Report on lock hospitals in British Burma
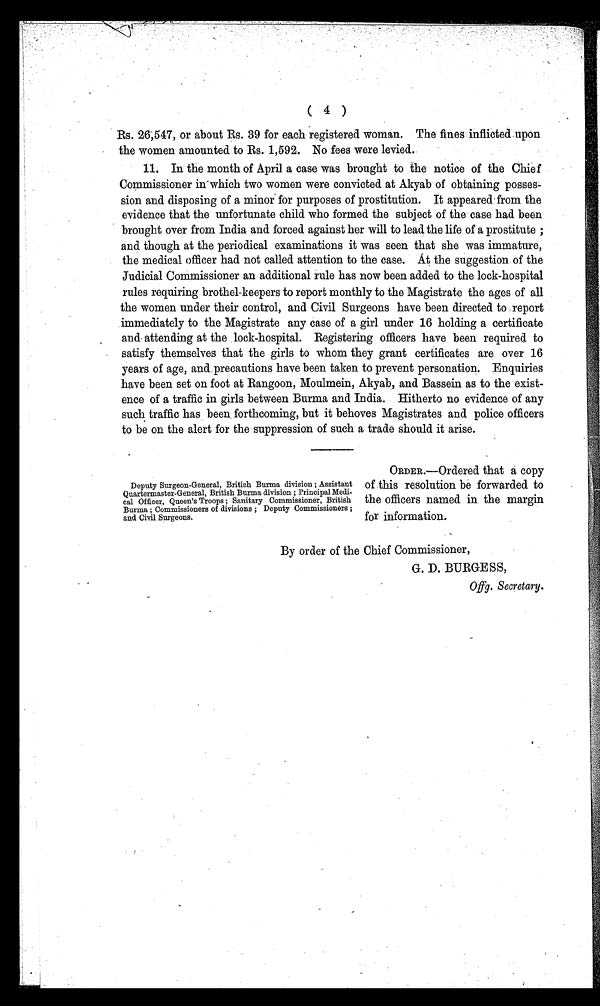
( 4 )
Rs. 26,547, or about Rs. 39 for each registered woman. The fines inflicted upon
the women amounted to Rs. 1,592. No fees were levied.
11. In the month of April a case was brought to the notice of the Chief
Commissioner in which two women were convicted at Akyab of obtaining posses
sion and disposing of a minor for purposes of prostitution. It appeared from the
evidence that the unfortunate child who formed the subject of the case had been
brought over from India and forced against her will to lead the life of a prostitute ;
and though at the periodical examinations it was seen that she was immature,
the medical officer had not called attention to the case. At the suggestion of the
Judicial Commissioner an additional rule has now been added to the lock-hospital
rules requiring brothel-keepers to report monthly to the Magistrate the ages of all
the women under their control, and Civil Surgeons have been directed to report
immediately to the Magistrate any case of a girl under 16 holding a certificate
and attending at the lock-hospital. Registering officers have been required to
satisfy themselves that the girls to whom they grant certificates are over 16
years of age, and precautions have been taken to prevent personation. Enquiries
have been set on foot at Rangoon, Moulmein, Akyab, and Bassein as to the exist
ence of a traffic in girls between Burma and India. Hitherto no evidence of any
such traffic has been forthcoming, but it behoves Magistrates and police officers
to be on the alert for the suppression of such a trade should it arise.
Deputy Surgeon-General, British Burma division ; Assistant
Quartermaster-General, British Burma division ; Principal Medi
cal Officer, Queen's Troops ; Sanitary Commissioner, British
Burma ; Commissioners of divisions ; Deputy Commissioners ;
and Civil Surgeons.
ORDER.—Ordered that a copy
of this resolution be forwarded to
the officers named in the margin
for information.
By order of the Chief Commissioner,
G. D. BURGESS,
Offg. Secretary.